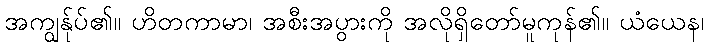
အကျွန်ုပ်၏။ ဟိတကာမာ၊ အစီးအပွားကို အလိုရှိတော်မူကုန်၏။ ယံယေန၊